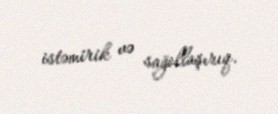
istəmirik və sağollaşırıq.